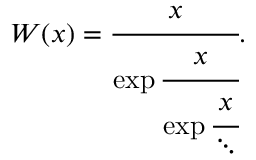
W ( x ) = { \cfrac { x } { \exp { \cfrac { x } { \exp { \cfrac { x } { \ddots } } } } } } .